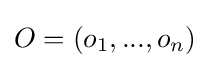
O=(o_{1},...,o_{n})